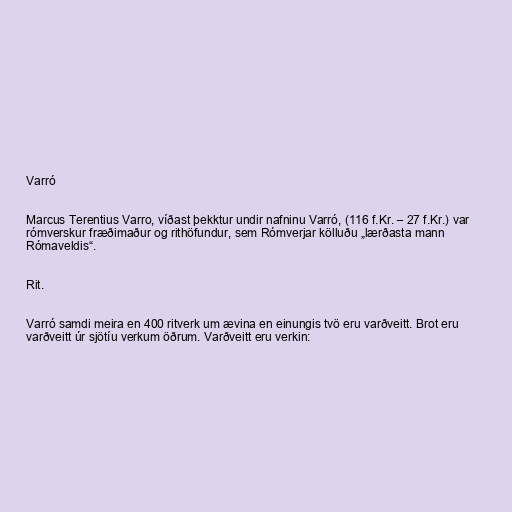
Varró

Marcus Terentius Varro, víðast þekktur undir nafninu Varró, (116 f.Kr. – 27 f.Kr.) var
rómverskur fræðimaður og rithöfundur, sem Rómverjar kölluðu „lærðasta mann
Rómaveldis“.

Rit.

Varró samdi meira en 400 ritverk um ævina en einungis tvö eru varðveitt. Brot eru
varðveitt úr sjötíu verkum öðrum. Varðveitt eru verkin: